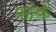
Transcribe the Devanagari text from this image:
फांकें